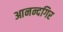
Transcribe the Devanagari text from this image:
आनन्दगिर